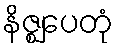
နိဇ္ဈပေတုံ